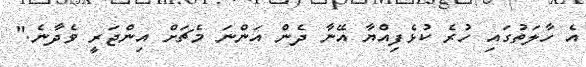
އެ ހާލަތުގައި ހުރެ ކުޅެފިއްޔާ އޭނާ ދެން އަންނަ މެޗަށް އިންޖަރީ ވެދާނެ."